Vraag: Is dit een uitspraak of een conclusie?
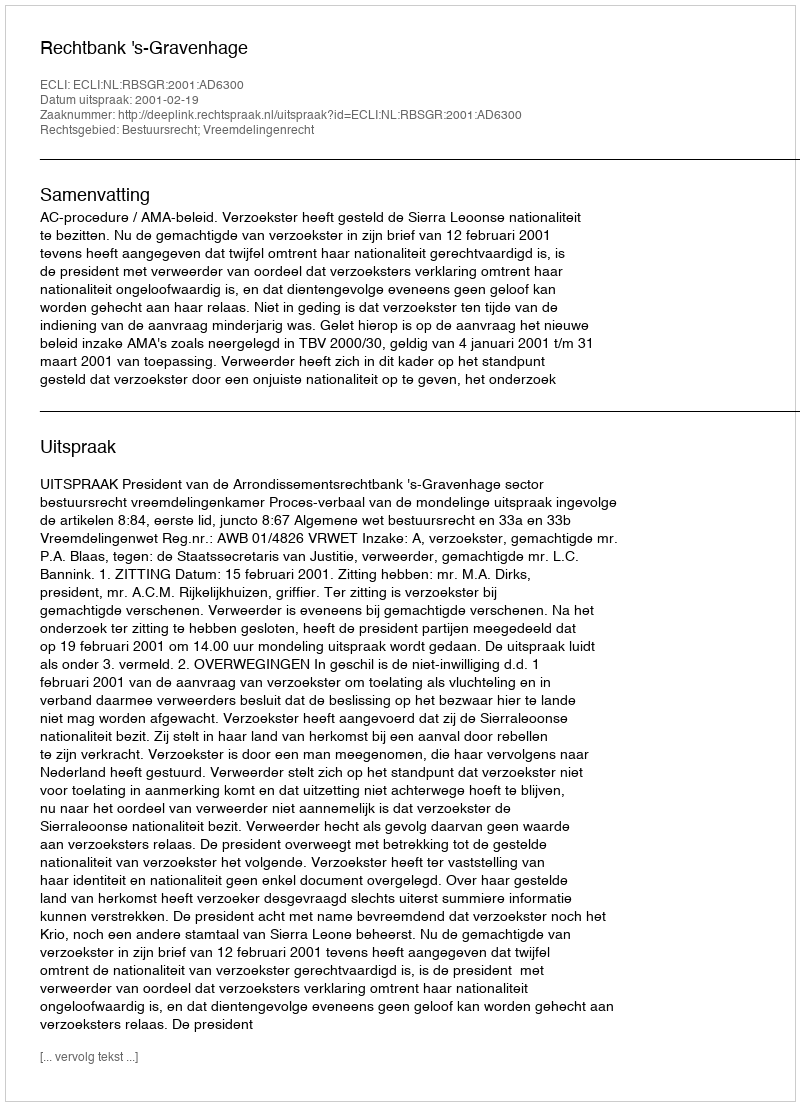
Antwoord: Uitspraak